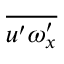
\overline { { u ^ { \prime } \omega _ { x } ^ { \prime } } }